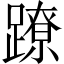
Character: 蹽